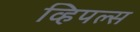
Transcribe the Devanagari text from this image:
व्हिपल्स